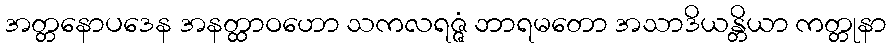
အတ္တနောပဒေန အနတ္ထာဝဟော သကလရဇ္ဇံ ဘာရမတော အသာဒိယန္တိယာ ကတ္တုနာ